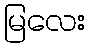
မြလေး